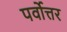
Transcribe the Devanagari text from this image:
पर्वोत्तर